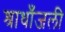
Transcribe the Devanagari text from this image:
श्राधाँजली